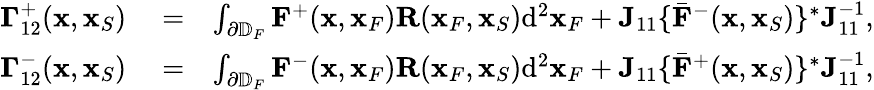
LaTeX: \begin{array}{rlr}{{\mathbf\Gamma}_{12}^{+}({\mathbf x},{\mathbf x}_{S})}&{{}=}&{\int_{\partial\mathbb{D}_{F}}{\mathbf F}^{+}({\mathbf x},{\mathbf x}_{F}){\mathbf R}({\mathbf x}_{F},{\mathbf x}_{S})\mathrm{d}^{2}{\mathbf x}_{F}+{\mathbf J}_{11}\{ {{\bar{\mathbf F}}}^{-}({\mathbf x},{\mathbf x}_{S})\} ^{*}{\mathbf J}_{11}^{-1},}\\ {{\mathbf\Gamma}_{12}^{-}({\mathbf x},{\mathbf x}_{S})}&{{}=}&{\int_{\partial\mathbb{D}_{F}}{\mathbf F}^{-}({\mathbf x},{\mathbf x}_{F}){\mathbf R}({\mathbf x}_{F},{\mathbf x}_{S})\mathrm{d}^{2}{\mathbf x}_{F}+{\mathbf J}_{11}\{ {{\bar{\mathbf F}}}^{+}({\mathbf x},{\mathbf x}_{S})\} ^{*}{\mathbf J}_{11}^{-1},}\end{array}